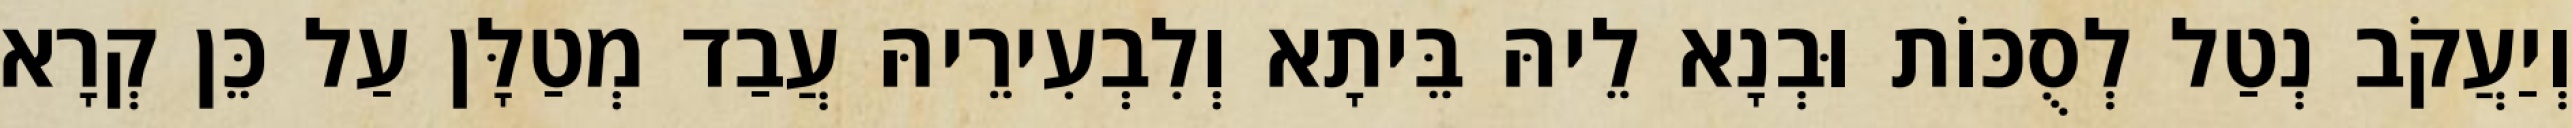
וְיַעֲקֹב נְטַל לְסֻכּוֹת וּבְנָא לֵיהּ בֵּיתָא וְלִבְעִירֵיהּ עֲבַד מְטַלָּן עַל כֵּן קְרָא